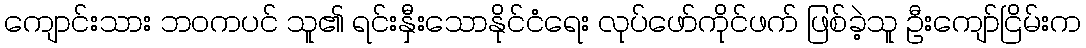
ကျောင်းသား ဘဝကပင် သူ၏ ရင်းနှီးသောနိုင်ငံရေး လုပ်ဖော်ကိုင်ဖက် ဖြစ်ခဲ့သူ ဦးကျော်ငြိမ်းက